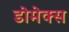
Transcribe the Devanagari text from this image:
डोमेक्स